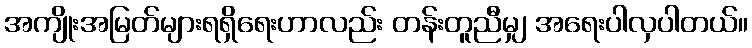
အကျိုးအမြတ်များရရှိရေးဟာလည်း တန်းတူညီမျှ အရေးပါလှပါတယ်။